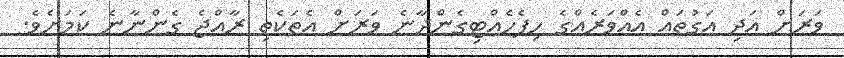
ވަރަށް އަދި އަގުތައް އެއްވަރެއްގެ ހިފެހެއްޓިގެންދާނެ ވަރަށް އެތަކެތި ރާއްޖެ ގެންނާނެ ކަމަށެވެ.